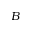
B